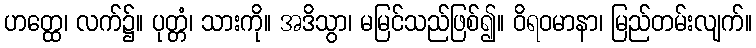
ဟတ္ထေ၊ လက်၌။ ပုတ္တံ၊ သားကို။ အဒိသွာ၊ မမြင်သည်ဖြစ်၍။ ဝိရဝမာနာ၊ မြည်တမ်းလျက်။